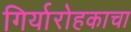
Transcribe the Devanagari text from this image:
गिर्यारोहकाचा